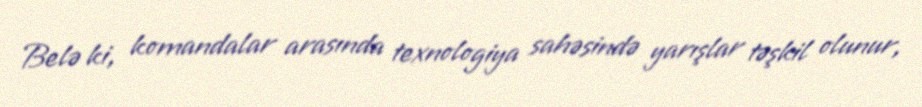
Belə ki, komandalar arasında texnologiya sahəsində yarışlar təşkil olunur,